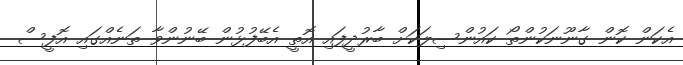
އެކަން ކޮން ގާނޫނަކުންތޯ ކައުންސިލަކަށް ބާރުދީފައި އޮތީ އެބޭފުޅުން ބޭނުންވާ ތަނެއްގައި އޮފީސް